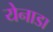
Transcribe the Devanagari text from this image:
येनाडा